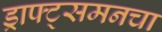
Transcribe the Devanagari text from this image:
ड्राफ्ट्‌समनचा